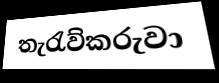
තැරැව්කරුවා